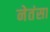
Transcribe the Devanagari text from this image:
नेतंसा